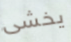
يخشى